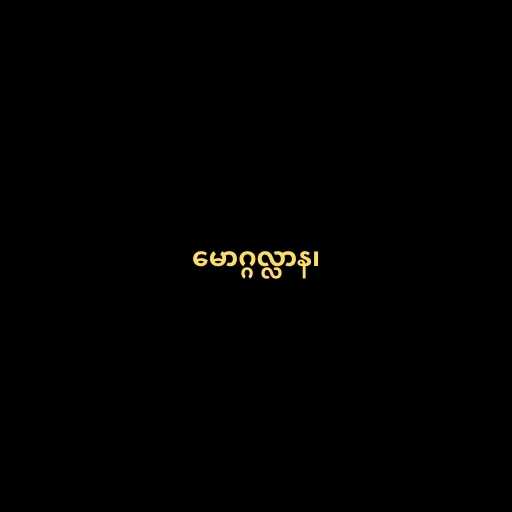
မောဂ္ဂလ္လာန၊